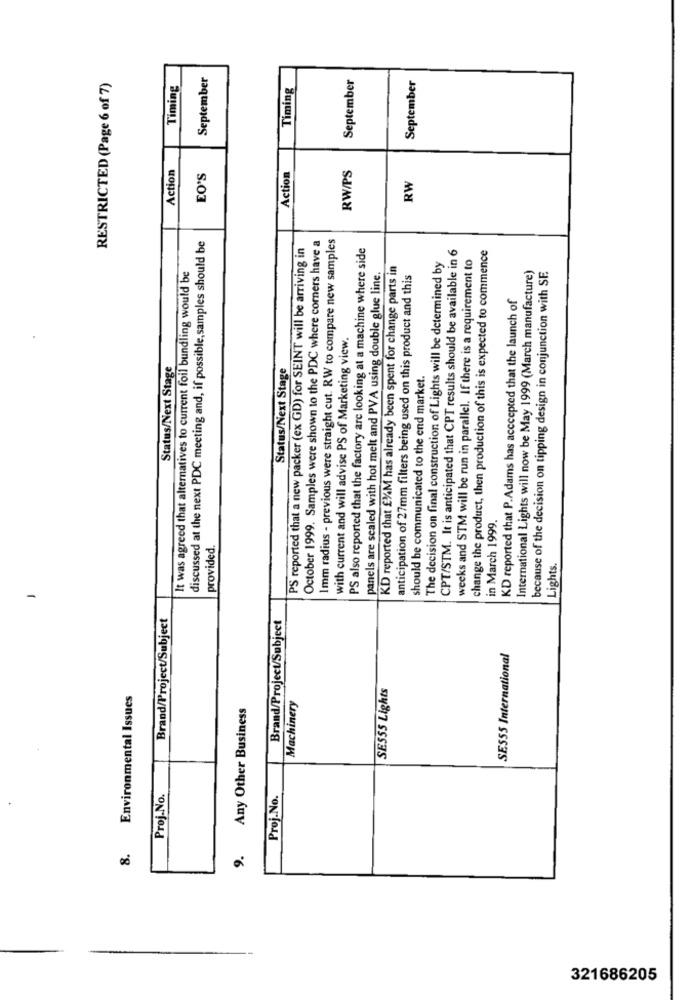
September
September
RESTRICTED (Page 6 of 7)
Timing
Timing
September
Action
RW/PS
EO'S
Action
RW
discussed at the next PDC meeting and, if possible, samples should be
Imm radius - previous were straight cut. RW to compare new samples
PS reported that a new packer (ex GD) for SEINT will be arriving in
October 1999. Samples were shown to the PDC where comers have a
PS also reported that the factory are looking at a machine where side
CPT/STM. It is anticipated that CPT results should be available in 6
weeks and STM will be run in parallel. If there is a requirement to
change the product, then production of this is expected to commence
KD reported that EXAM has already been spent for change parts in
The decision on final construction of Lights will be determined by
It was agreed that alternatives to current foil bundling would be
panels are sealed with hot melt and PVA using double glue line.
anticipation of 27mm filters being used on this product and this
International Lights will now be May 1999 (March manufacture)
because of the decision on tipping design in conjunction with SE.
KD reported that P.Adams has accepted that the launch of
with current and will advise PS of Marketing view.
Status/Next Stage
Status/Next Stage
should be communicated to the end market.
in March 1999.
provided.
Lights.
Brand/Project/Subject
Brand/Project/Subject
SE555 International
SESSS Lights
Environmental Issues
Any Other Business
Machinery
Proj.No.
Proj.No.
8.
9.
321686205